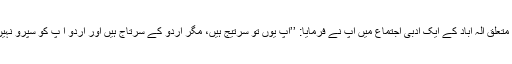
سرتیج بہادر سپرو کے متعلق الہٰ آباد کے ایک ادبی اجتماع میں آپ نے فرمایا: ’’آپ یوں تو سرتیج ہیں، مگر اردو کے سرتاج ہیں اور اردو آ پ کو سپرو نہیں اپنا سپر سمجھتی ہے۔